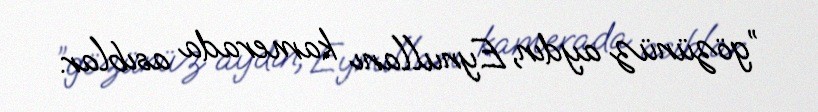
”gözünüz aydın, Eynullanı kamerada asıblar.